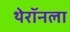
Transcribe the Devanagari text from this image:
थेरॉनला